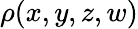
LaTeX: \rho(x,y,z,w)